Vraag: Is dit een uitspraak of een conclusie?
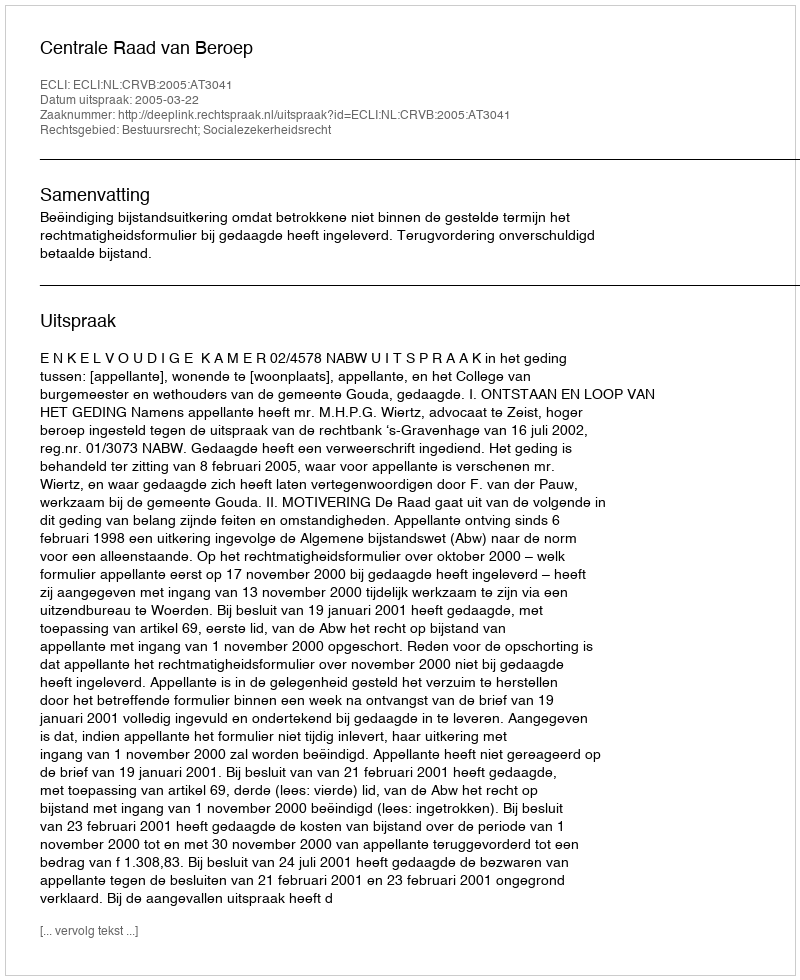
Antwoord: Uitspraak